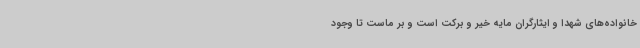
خانواده‌های شهدا و ایثارگران مایه خیر و برکت است و بر ماست تا وجود